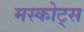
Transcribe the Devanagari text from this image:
मस्कोट्स